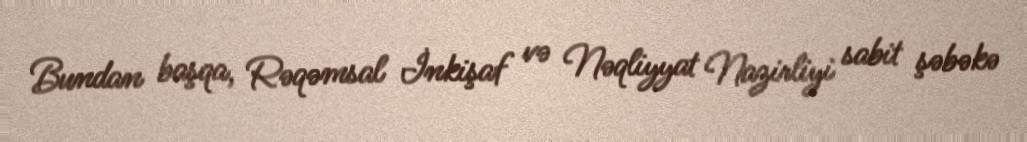
Bundan başqa, Rəqəmsal İnkişaf və Nəqliyyat Nazirliyi sabit şəbəkə